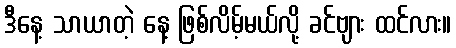
ဒီနေ့ သာယာတဲ့ နေ့ ဖြစ်လိမ့်မယ်လို့ ခင်ဗျား ထင်လား။